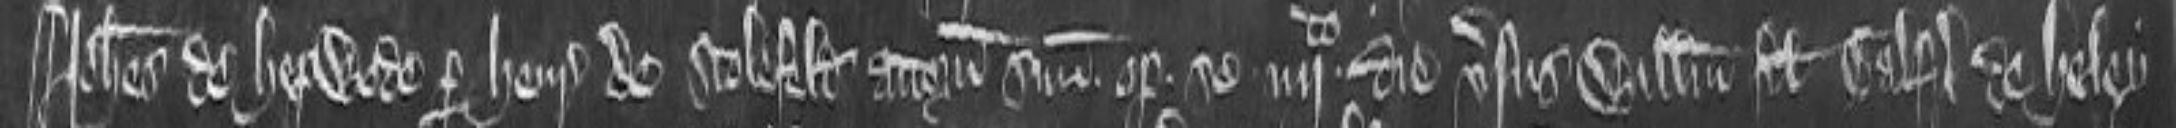
Johannes de Hepwode per Henricum de Stolefeld attornatum suum optulit se iiijto quarto die versus Willelmum filium Galfridi de Heley